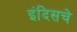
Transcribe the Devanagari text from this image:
इंदिसचे